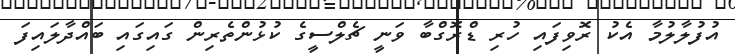
އުފުލާލުމާ އެކު ރޮވިފައި ހުރި ޑްރޮގްބާ ވަނީ ޗެލްސީގެ ކުޅުންތެރިން ގައިގައި ބައްދާލައިފަ